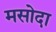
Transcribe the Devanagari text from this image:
मसोदा